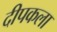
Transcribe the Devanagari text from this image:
दीपकला